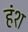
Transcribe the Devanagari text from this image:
हंश